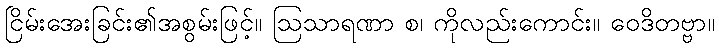
ငြိမ်းအေးခြင်း၏အစွမ်းဖြင့်။ ဩသာရဏာ စ၊ ကိုလည်းကောင်း။ ဝေဒိတဗ္ဗာ။